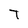
Character: T